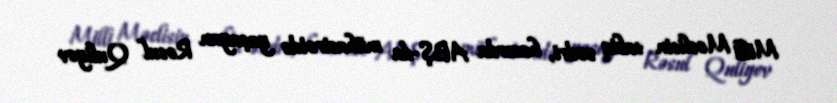
Milli Məclisin sabiq sədri, hazırda ABŞ-da mühacirətdə yaşayan Rəsul Quliyev